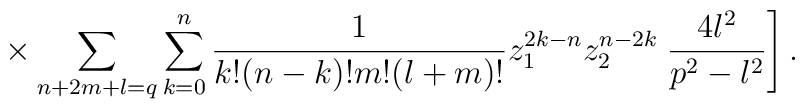
\times \sum _{n+2m+l=q} \sum _{k=0}^{n} \frac{1}{k!(n-k)!m!(l+m)!}z_{1} ^{2k-n} z_{2} ^{n-2k} \left. \frac{4l^{2}}{p^{2} -l^{2}} \right] .